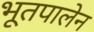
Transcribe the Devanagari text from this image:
भूतपालेन